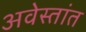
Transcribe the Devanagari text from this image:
अवेस्तांत